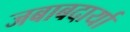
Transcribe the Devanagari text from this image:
जबाबदार्या